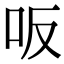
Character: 𠯘